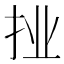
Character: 𭠙